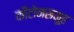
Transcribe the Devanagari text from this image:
कीटोनसमूह